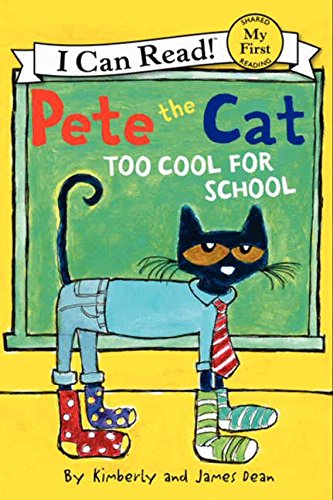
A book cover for Pete the Cat: Too Cool for School (My First I Can Read); James Dean; Children's Books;